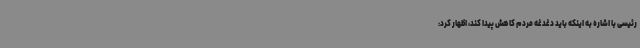
رئیسی با اشاره به اینکه باید دغدغه مردم کاهش پیدا کند، اظهار کرد: